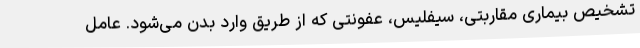
تشخیص بیماری مقاربتی، سیفلیس، عفونتی که از طریق وارد بدن می‌شود. عامل